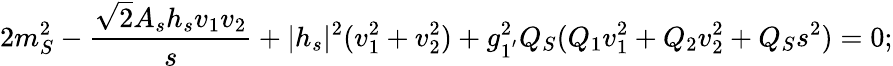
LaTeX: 2m_{S}^{2}-\frac{\sqrt{2}A_{s}h_{s}v_{1}v_{2}}{s}+|h_{s}|^{2}(v_{1}^{2}+v_{2}^{2})+g_{1^{'}}^{2}Q_{S}(Q_{1}v_{1}^{2}+Q_{2}v_{2}^{2}+Q_{S}s^{2})=0;